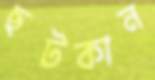
ছটকান